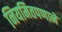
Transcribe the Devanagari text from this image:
नियमितपणाने